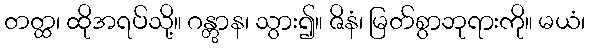
တတ္ထ၊ ထိုအရပ်သို့။ ဂန္တွာန၊ သွား၍။ ဇိနံ၊ မြတ်စွာဘုရားကို။ မယံ၊